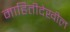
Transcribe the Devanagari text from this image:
माहितीदेखील